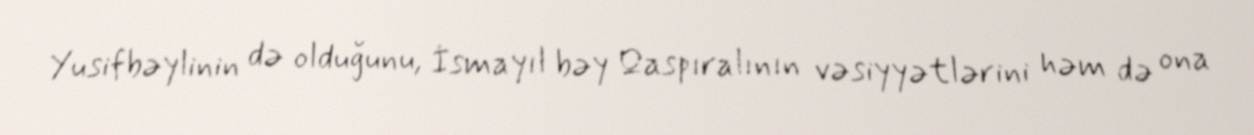
Yusifbəylinin də olduğunu, İsmayıl bəy Qaspıralının vəsiyyətlərini həm də ona